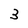
Character: 3